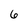
Character: 6